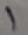
Text: 1